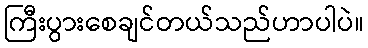
ကြီးပွားစေချင်တယ်သည်ဟာပါပဲ။